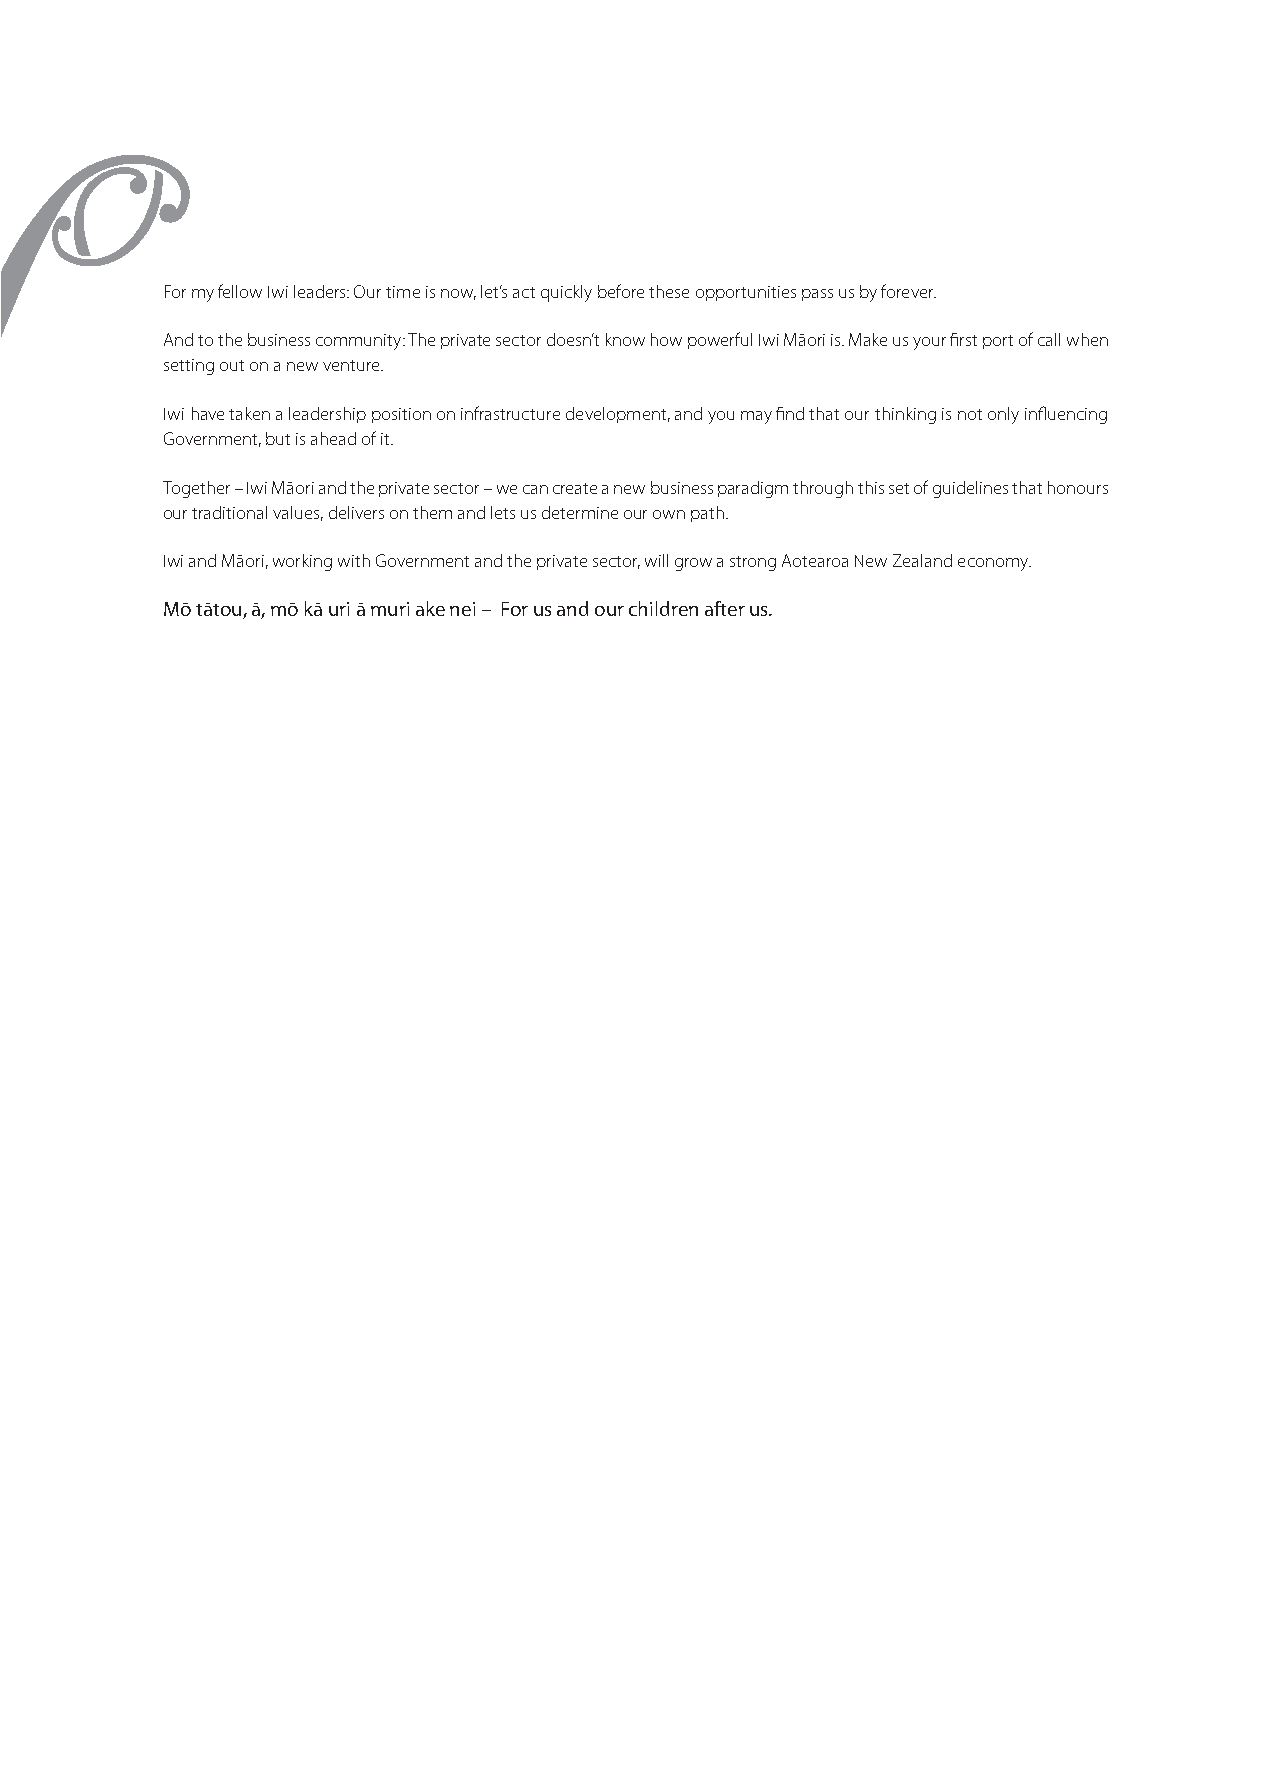
For my fellow Iwi leaders: Our time is now, let’s act quickly before these opportunities pass us by forever.
 And to the business community: The private sector doesn’t know how powerful Iwi Māori is. Make us your first port of call when
 setting out on a new venture.
 Iwi have taken a leadership position on infrastructure development, and you may find that our thinking is not only influencing
 Government, but is ahead of it.
 Together – Iwi Māori and the private sector – we can create a new business paradigm through this set of guidelines that honours
 our traditional values, delivers on them and lets us determine our own path.
 Iwi and Māori, working with Government and the private sector, will grow a strong Aotearoa New Zealand economy.
 Mō tātou, ā, mō kā uri ā muri ake nei – For us and our children after us.